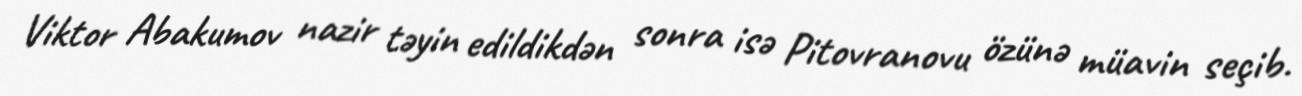
Viktor Abakumov nazir təyin edildikdən sonra isə Pitovranovu özünə müavin seçib.